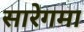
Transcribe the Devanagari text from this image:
सारेगमा